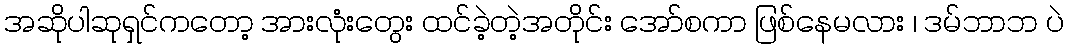
အဆိုပါဆုရှင်ကတော့ အားလုံးတွေး ထင်ခဲ့တဲ့အတိုင်း အော်စကာ ဖြစ်နေမလား ၊ ဒမ်ဘာဘ ပဲ